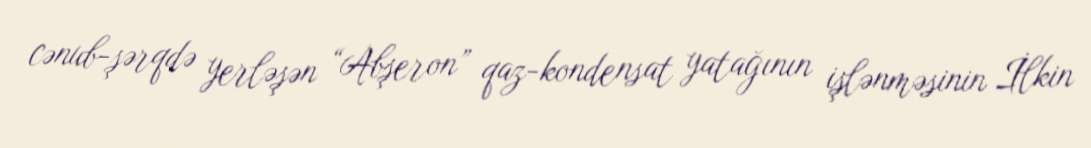
cənub-şərqdə yerləşən “Abşeron” qaz-kondensat yatağının işlənməsinin İlkin